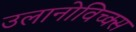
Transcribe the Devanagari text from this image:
उलानोविच्क्स